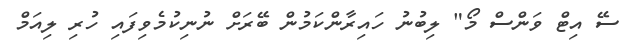
ސޭ އިޓް ވަންސް މޯ" ލިބުނު ހައިރާންކަމުން ބޭރަށް ނުނިކުމެވިފައި ހުރި ލިއަމް